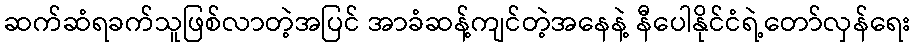
ဆက်ဆံရခက်သူဖြစ်လာတဲ့အပြင် အာခံဆန့်ကျင်တဲ့အနေနဲ့ နီပေါနိုင်ငံရဲ့တော်လှန်ရေး